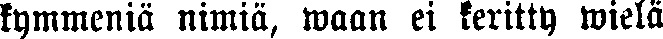
kymmeniä nimiä, waan ei keritty wielä